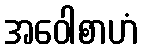
အဝေါစာဟံ